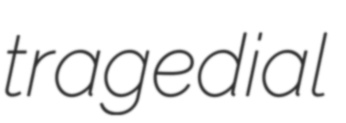
tragedial